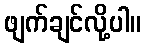
ဖျက်ချင်လို့ပါ။